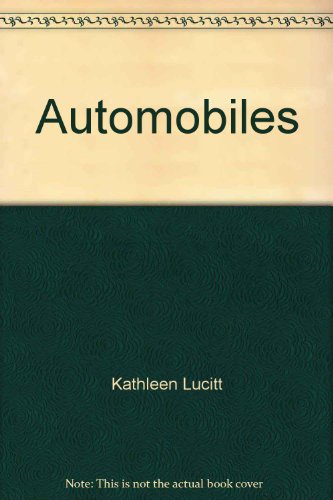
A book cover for Automobiles (Competency achievement packet); Kathleen Lucitt; Engineering & Transportation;